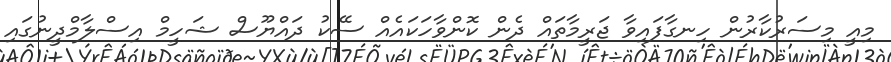
މިއީ މިސަރުކާރުން ހިނގާފައިވާ ޖަރީމާތައް ދެން ކޮންވާހަކައެއް ސޭކު ދައްޔޫސް ޝަހީމް އިސްލާމްދީނުގައި